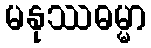
မနုဿဓမ္မာ